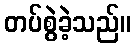
တပ်စွဲခဲ့သည်။